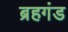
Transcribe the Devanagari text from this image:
ब्रहगंड